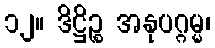
၁၂။ ဒိဋ္ဌိဉ္စ အနုပဂ္ဂမ္မ၊